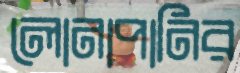
লোনাপানির